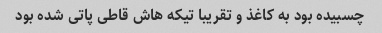
چسبیده بود به کاغذ و تقریبا تیکه هاش قاطی پاتی شده بود